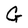
Character: G